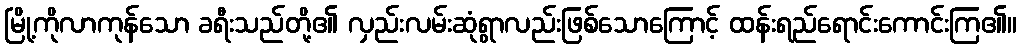
မြို့ကိုလာကုန်သော ခရီးသည်တို့၏ လှည်းလမ်းဆုံရွာလည်းဖြစ်သောကြောင့် ထန်းရည်ရောင်းကောင်းကြ၏။